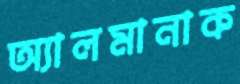
অ্যালমানাক